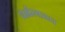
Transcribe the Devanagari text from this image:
धर्मस्वरूप